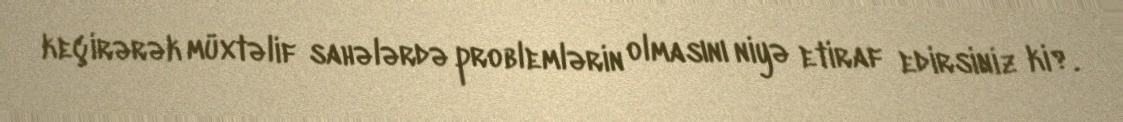
keçirərək müxtəlif sahələrdə problemlərin olmasını niyə etiraf edirsiniz ki?.